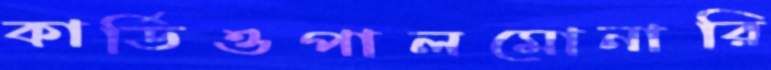
কার্ডিওপালমোনারি